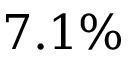
7 . 1 \%